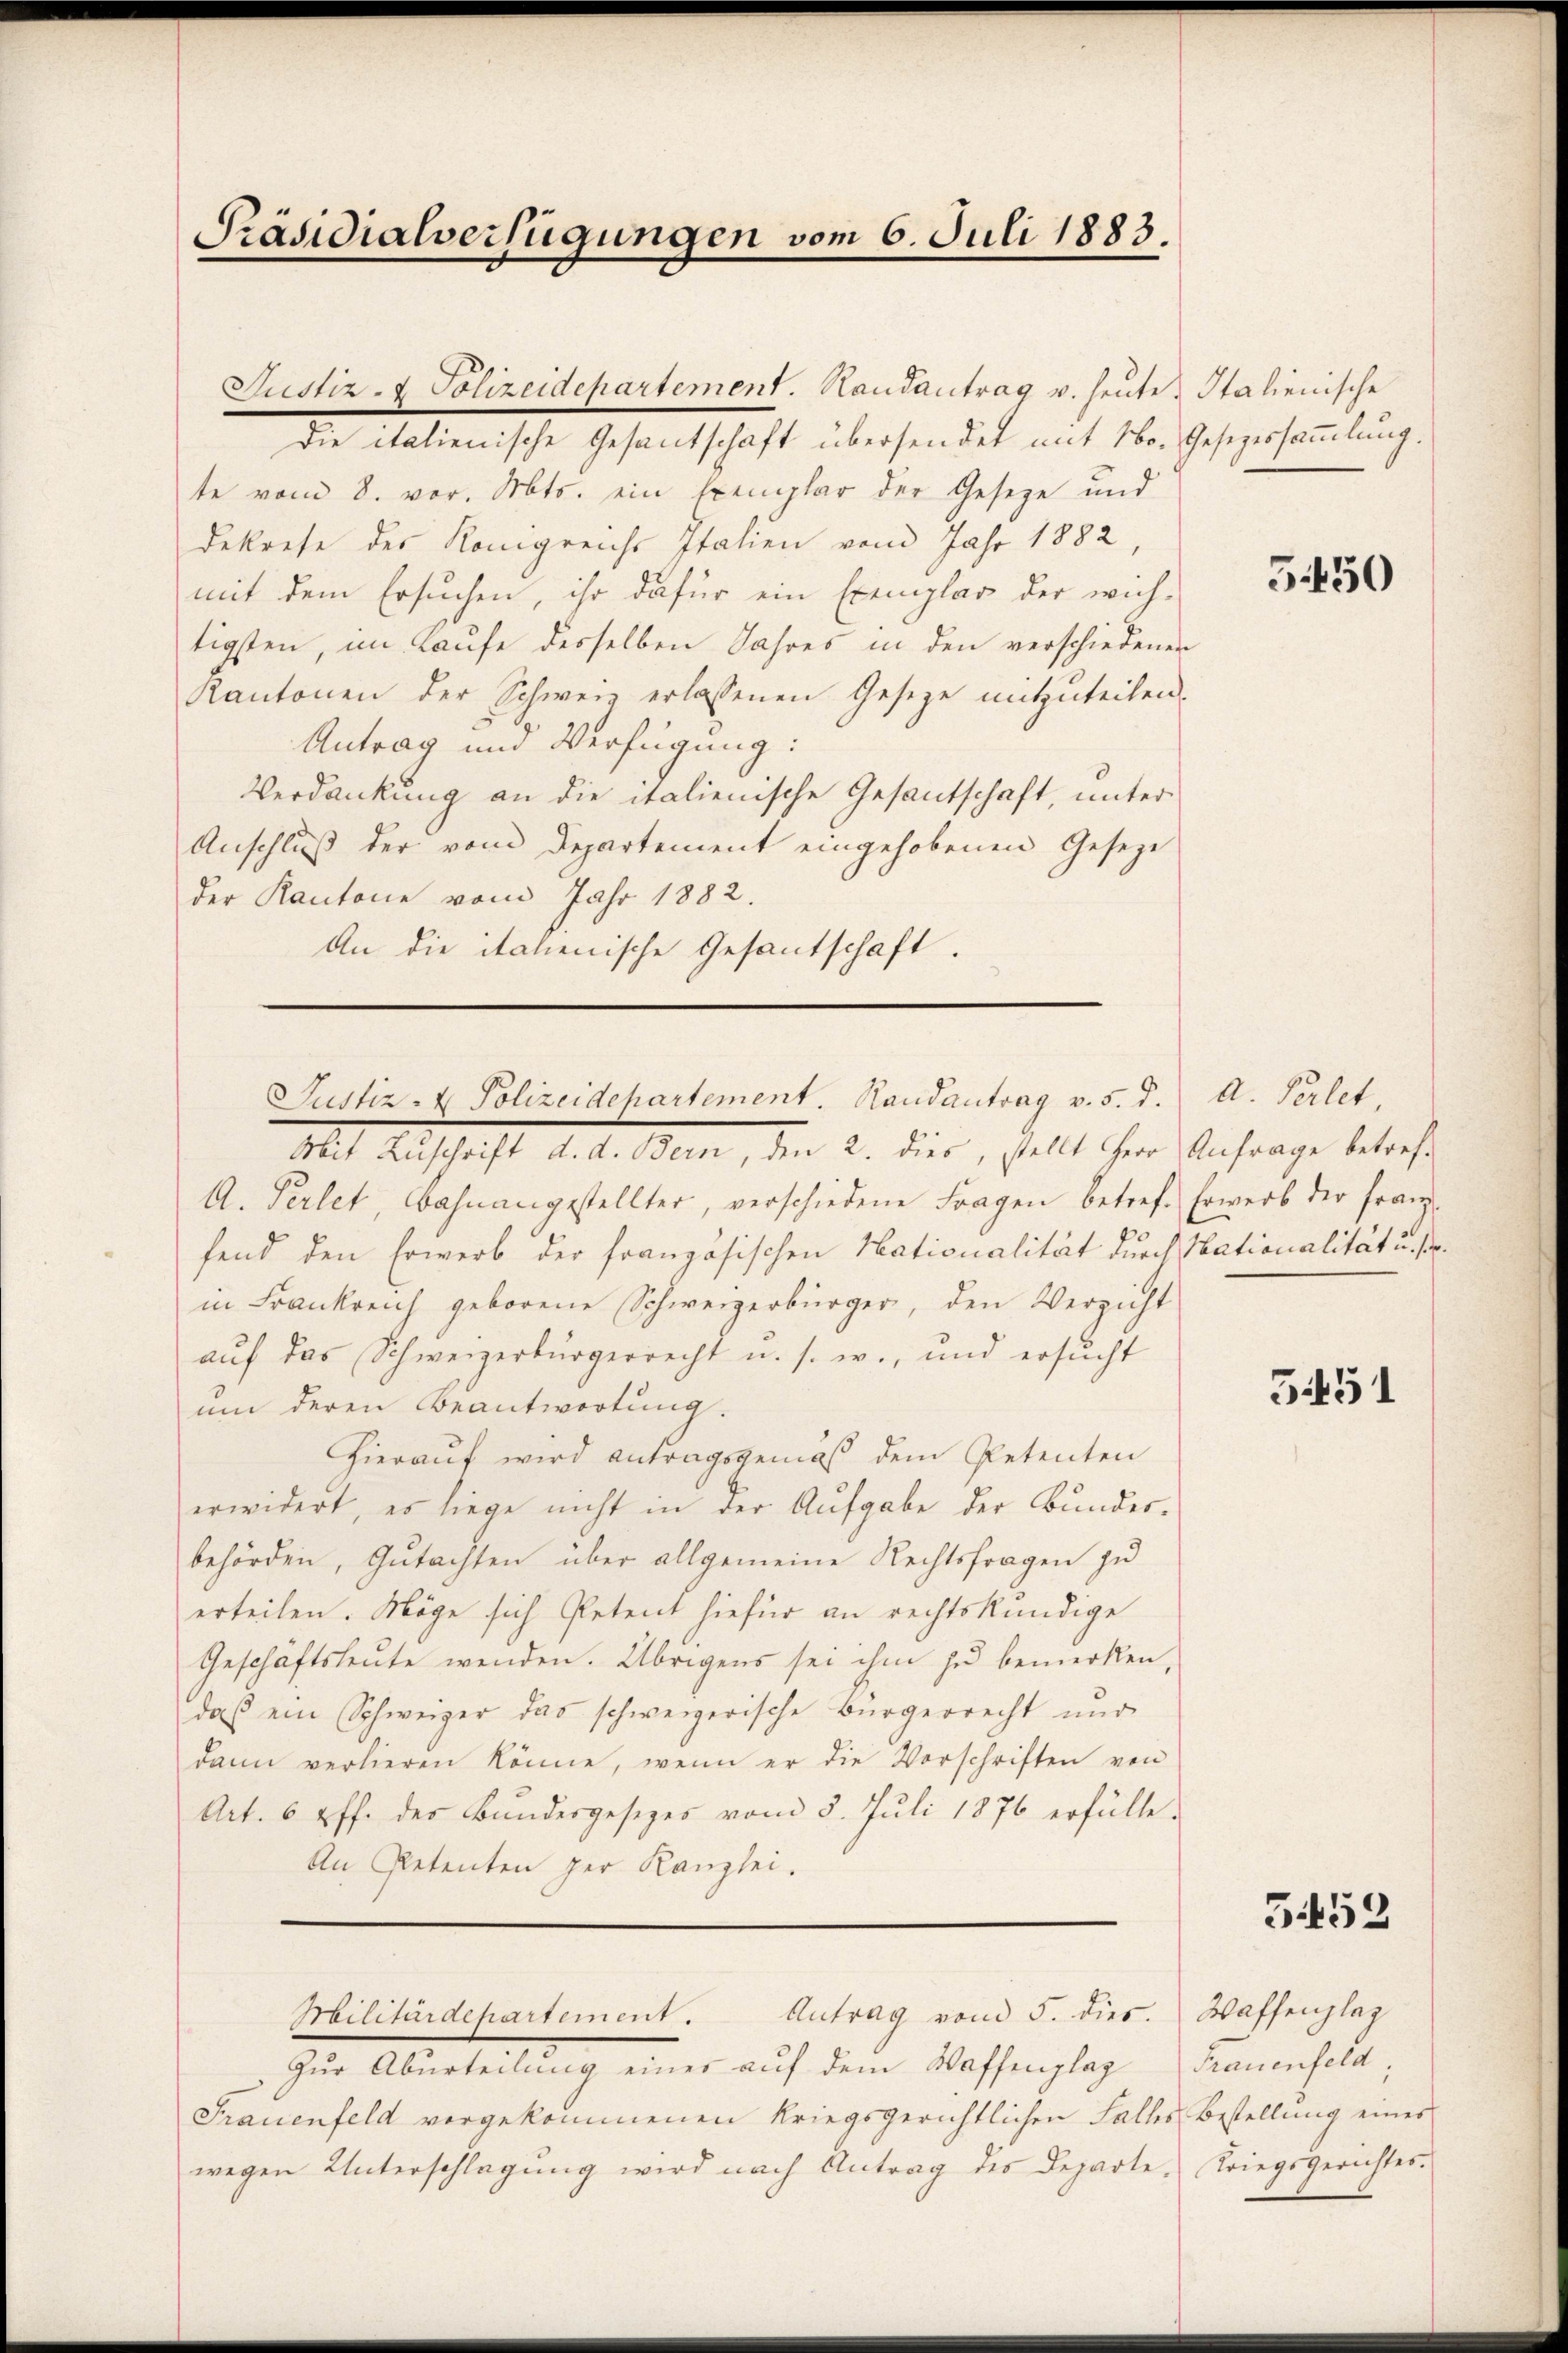
Präsidialverfügungen vom 6. Juli 1883.

Die italienische Gesantschaft übersendet mit No.
te vom 8. vor. Mts. ein Exemplar der Geseze und
dekrese des Königreichs Italien vom Jahr 1882,
mit dem Ersuchen, ihr dafür ein Exemplar der wich-
tigsten, im Laufe desselben Jahres in den verschiedenen
Kantonen der Schweiz erlassenen Gesetze mitzuteilen.
Antrag und Verfügung:
Verdankung an die italienische Gesantschaft, unter
Anschluß der vom Departement eingehobenen Geseze
der Kantone vom Jahr 1882.
An die italienische Gesantschaft.
Mit Anschaft d. d. Men, der 2. Dier, stellt ihrer Anfrage betreff
A. Perlet Bahnangestellter, verschiedene Fragen betref. Erwerb der Franz-
fend den Erwerb der französischen Nationalität durch Stationalität u. s
in Frankreich geborene Schweizerbürger, den Verzicht
aŭf das Schweizerbürgerrecht u. s. w., und ersucht
um deren Beantwortung.
Hierauf wird antragsgemäß dem Petenten
erwidert, es liege nicht in der Aufgabe der Bundesbehörden, Gutachten über allgemeine Rechtsfragen zu
erteilen. Möge sich Petent hiefür an rechtskundige
Geschäftsleute wenden. Übrigens sei ihm zu bemerken,
daß ein Schweizer das schweizerische Bürgerrecht nur
dann verlieren könne, wenn er die Vorschriften von
Art. 6 ff. der Bŭndesgesetzes vom 5. Jŭli 1876 erfülle.
An Petenten per Kanzlei.
Militärdepartement. Antrag vom 5. dies.
Zur Aburteilung eines auf dem Waffenplag
Frauenfeld vorgekommenen kriegsgerichtlichen Falles Bestellung eines
wegen Unterschlagung wird nach Antrag des Departe

Justiz- & Polizeidepartement. Handantrag u. heute.

Justiz- & Polizeidchartement. Randantrag v. 5. d. A. Perlet

Italienische
Gesezessammlung.

5.50

5451

5459

Waffenplaz
Frauenfeld
Kriegsgerichtes.